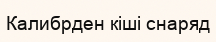
Калибрден кіші снаряд